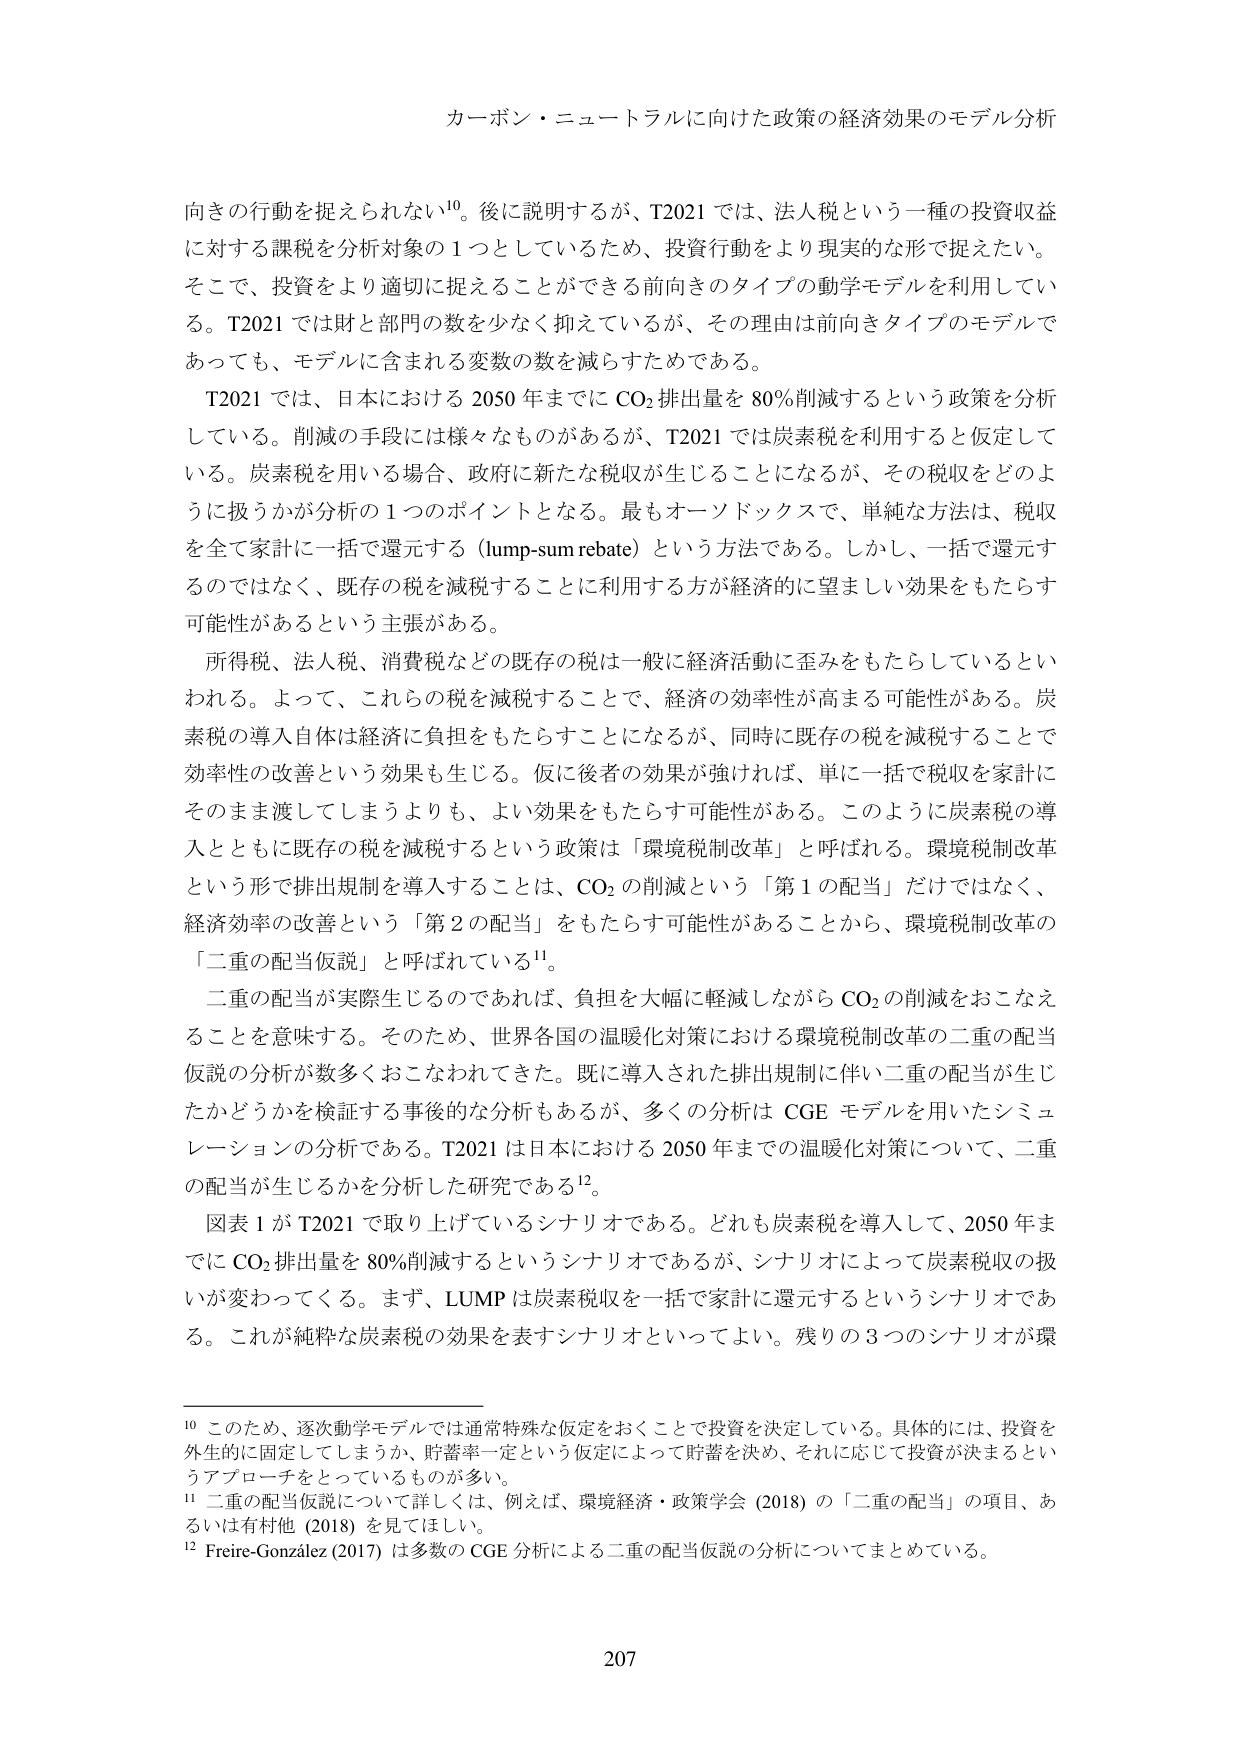
カーボン・ニュートラルに向けた政策の経済効果のモデル分析

向きの行動を捉えられない¹⁰。後に説明するが、T2021 では、法人税という一種の投資収益に対する課税を分析対象の１つとしているため、投資行動をより現実的な形で捉えたい。そこで、投資をより適切に捉えることができる前向きのタイプの動学モデルを利用している。T2021 では財と部門の数を少なく抑えているが、その理由は前向きタイプのモデルであっても、モデルに含まれる変数の数を減らすためである。

T2021 では、日本における 2050 年までに CO₂ 排出量を 80% 削減するという政策を分析している。削減の手段には様々なものがあるが、T2021 では炭素税を利用すると仮定している。炭素税を用いる場合、政府に新たな税収が生じることになるが、その税収をどのように扱うかが分析の１つのポイントとなる。最もオーソドックスで、単純な方法は、税収を全て家計に一括で還元する（lump-sum rebate）という方法である。しかし、一括で還元するのではなく、既存の税を減税することに利用する方が経済的に望ましい効果をもたらす可能性があるという主張がある。

所得税、法人税、消費税などの既存の税は一般に経済活動に歪みをもたらしているといわれる。よって、これらの税を減税することで、経済の効率性が高まる可能性がある。炭素税の導入自体は経済に負担をもたらすことになるが、同時に既存の税を減税することで効率性の改善という効果も生じる。仮に後者の効果が強ければ、単に一括で税収を家計にそのまま渡してしまうよりも、よい効果をもたらす可能性がある。このように炭素税の導入とともに既存の税を減税するという政策は「環境税制改革」と呼ばれる。環境税制改革という形で排出規制を導入することは、CO₂ の削減という「第１の配当」だけではなく、経済効率の改善という「第２の配当」をもたらす可能性があることから、環境税制改革の「二重の配当仮説」と呼ばれている¹¹。

二重の配当が実際生じるのであれば、負担を大幅に軽減しながら CO₂ の削減をおこなえることを意味する。そのため、世界各国の温暖化対策における環境税制改革の二重の配当仮説の分析が数多くおこなわれてきた。既に導入された排出規制に伴い二重の配当が生じたかどうかを検証する事後的な分析もあるが、多くの分析は CGE モデルを用いたシミュレーションの分析である。T2021 は日本における 2050 年までの温暖化対策について、二重の配当が生じるかを分析した研究である¹²。

図表１が T2021 で取り上げているシナリオである。どれも炭素税を導入して、2050 年までに CO₂ 排出量を 80% 削減するというシナリオであるが、シナリオによって炭素税収の扱いが変わってくる。まず、LUMP は炭素税収を一括で家計に還元するというシナリオである。これが純粋な炭素税の効果を表すシナリオといってよい。残りの３つのシナリオが環

¹⁰ このため、逐次動学モデルでは通常特殊な仮定をおくことで投資を決定している。具体的には、投資を外生的に固定してしまうか、貯蓄率一定という仮定によって貯蓄を決め、それに応じて投資が決まるというアプローチをとっているものが多い。

¹¹ 二重の配当仮説について詳しくは、例えば、環境経済・政策学会（2018）の「二重の配当」の項目、あるいは有村他（2018）を見てほしい。

¹² Freire-González（2017）は多数の CGE 分析による二重の配当仮説の分析についてまとめている。

207